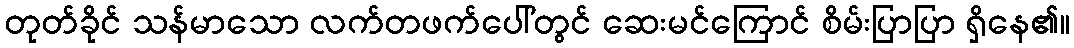
တုတ်ခိုင် သန်မာသော လက်တဖက်ပေါ်တွင် ဆေးမင်ကြောင် စိမ်းပြာပြာ ရှိနေ၏။